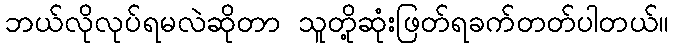
ဘယ်လိုလုပ်ရမလဲဆိုတာ သူတို့ဆုံးဖြတ်ရခက်တတ်ပါတယ်။